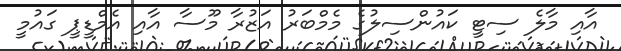
އާއި މާލެ ސިޓީ ކައުންސިލުގެ މެމްބަރު އަޒުރާ މޫސާ އާއި އެމްޑީޕީ ގައުމީ